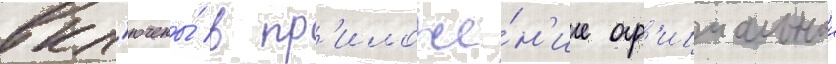
вкл'ючены́ в пр'иложе́н'ие оф'ициальнои